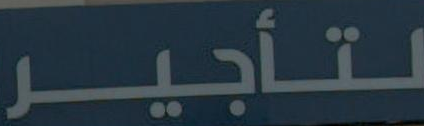
لتأجير